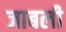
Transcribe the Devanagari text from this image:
जाबली